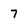
Character: 7